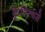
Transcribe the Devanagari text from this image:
कृत्तित्वसे